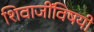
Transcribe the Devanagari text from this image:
शिवाजींविषयी